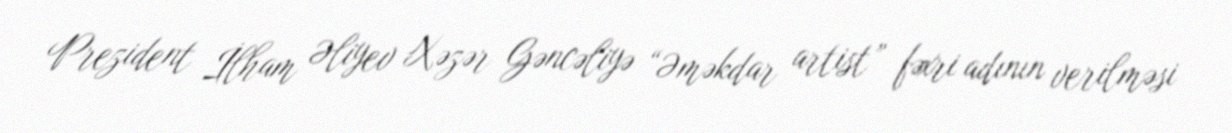
Prezident İlham Əliyev Xəzər Gəncəliyə “Əməkdar artist” fəxri adının verilməsi